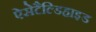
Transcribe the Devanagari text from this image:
ऐसेटैल्डिहाइड